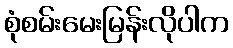
စုံစမ်းမေးမြန်းလိုပါက